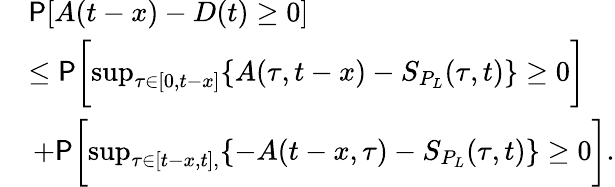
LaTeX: \begin{array}{rl}&{\mathsf{P}[A(t-x)-D(t)\ge 0]}\\ &{\le\mathsf{P}\biggl[\operatorname*{sup}_{\tau\in[0,t-x]}\{ A(\tau,t-x)-S_{P_{L}}(\tau,t)\} \ge 0\biggr]}\\ &{\, +\mathsf{P}\biggl[\operatorname*{sup}_{\tau\in[t-x,t],}\{ -A(t-x,\tau)-S_{P_{L}}(\tau,t)\} \ge 0\biggr].}\end{array}